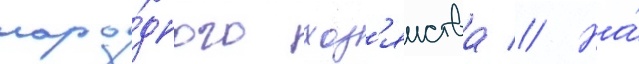
наро́дного хоз'яиства // На́